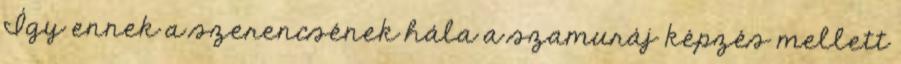
Így ennek a szerencsének hála a szamuráj képzés mellett